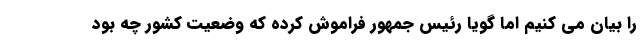
را بیان می کنیم اما گویا رئیس جمهور فراموش کرده که وضعیت کشور چه بود